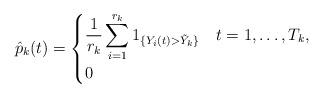
LaTeX: \begin{align*} \hat p_k( t)=\begin{cases} \displaystyle{\frac {1}{ r_k}}\sum_{i=1}^{r_k} 1_{\{Y_i(t)> \tilde Y_k\}} & t=1,\dots,T_k, \\ 0 & \end{cases}\end{align*}